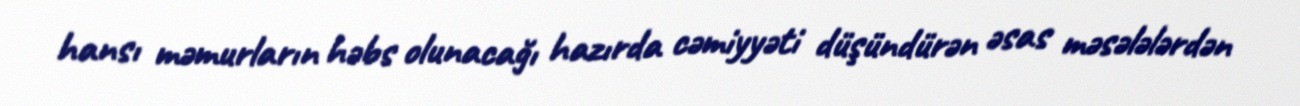
hansı məmurların həbs olunacağı hazırda cəmiyyəti düşündürən əsas məsələlərdən